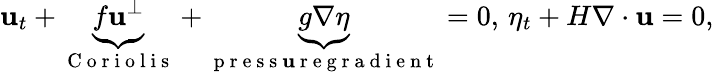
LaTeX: \mathbf{u}_{t}+\underbrace{{f\mathbf{u}^{\perp}}}_{\mathrm{{~C~o~r~i~o~l~i~s~}}}+\underbrace{{g\nabla\eta}}_{\mathrm{{~p~r~e~s~s~\mathbf{u}~r~e~g~r~a~d~i~e~n~t~}}}=0,\, \eta_{t}+H\nabla\cdot\mathbf{u}=0,